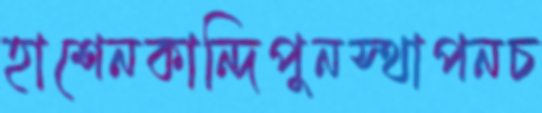
হাশেনকান্দিপুনস্থাপনচ